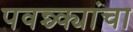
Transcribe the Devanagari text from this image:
पवन्च्क्यांचा